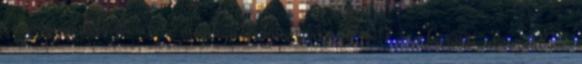
A csomagok kézbesítése munkanapokon történik 8-17 óra közötti időszakban.